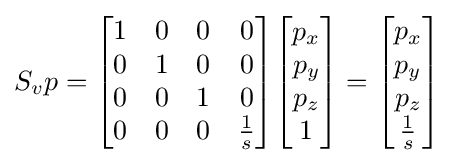
S_{v}p={\begin{bmatrix}1&0&0&0\\0&1&0&0\\0&0&1&0\\0&0&0&{\frac {1}{s}}\end{bmatrix}}{\begin{bmatrix}p_{x}\\p_{y}\\p_{z}\\1\end{bmatrix}}={\begin{bmatrix}p_{x}\\p_{y}\\p_{z}\\{\frac {1}{s}}\end{bmatrix}}